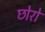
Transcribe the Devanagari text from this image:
छोरो